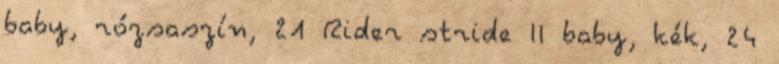
baby, rózsaszín, 21 Rider stride II baby, kék, 24